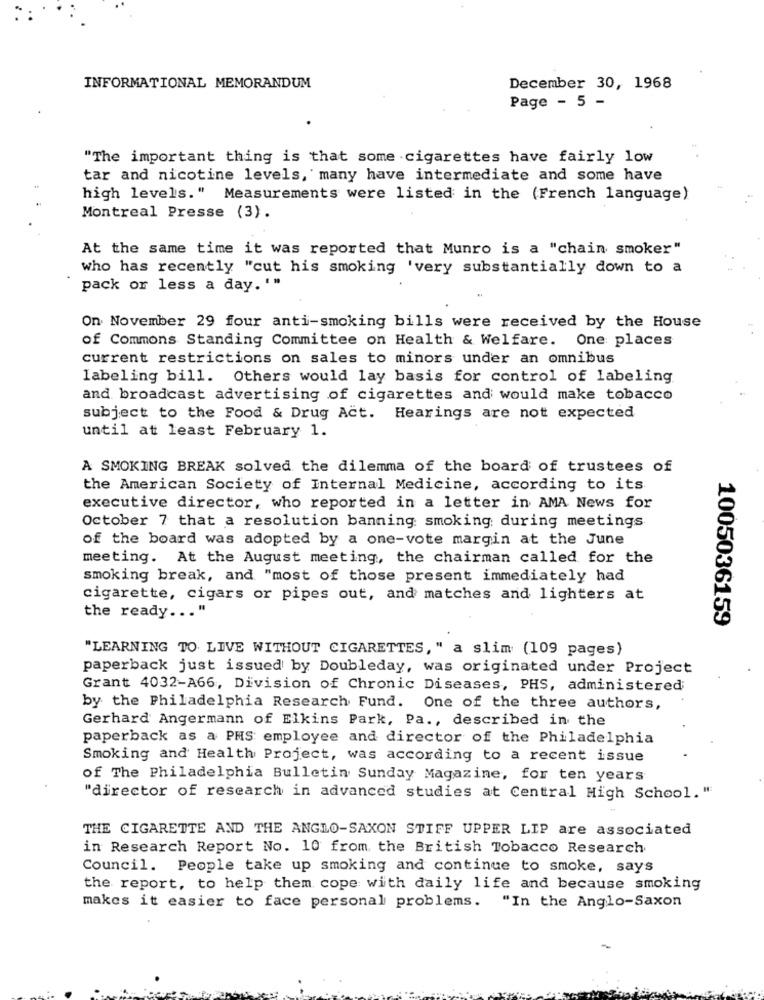
INFORMATIONAL MEMORANDUM
December 30, 1968
Page - 5 -
"The important thing is that some cigarettes have fairly low
tar and nicotine levels, many have intermediate and some have
high levels." Measurements were listed in the (French language)
Montreal Presse (3).
At the same time it was reported that Munro is a "chain smoker"
who has recently "cut his smoking 'very substantially down to a
pack or less a day. '"
On November 29 four anti-smoking bills were received by the House
of Commons Standing Committee on Health & Welfare. One places
current restrictions on sales to minors under an omnibus
labeling bill. Others would lay basis for control of labeling
and broadcast advertising of cigarettes and would make tobacco
subject to the Food & Drug Act. Hearings are not expected
until at least February 1.
A SMOKING BREAK solved the dilemma of the board of trustees of
the American Society of Internal Medicine, according to its
executive director, who reported in a letter in AMA News for
October 7 that a resolution banning smoking during meetings
of the board was adopted by a one-vote margin at the June
meeting. At the August meeting, the chairman called for the
smoking break, and "most of those present immediately had
cigarette, cigars or pipes out, and matches and lighters at
the ready ... "
1005036159
"LEARNING TO LIVE WITHOUT CIGARETTES, " a slim (109 pages)
paperback just issued by Doubleday, was originated under Project
Grant 4032-A66, Division of Chronic Diseases, PHS, administered;
by the Philadelphia Research Fund. One of the three authors,
Gerhard Angermann of Elkins Park, Pa ., described in the
paperback as a PMS employee and director of the Philadelphia
Smoking and Health Project, was according to a recent issue
of The Philadelphia Bulletin Sunday Magazine, for ten years
"director of research in advanced studies at Central High School."
THE CIGARETTE AND THE ANGLO-SAXON STIFF UPPER LIP are associated
in Research Report No. 10 from the British Tobacco Research
Council. People take up smoking and continue to smoke, says
the report, to help them cope with daily life and because smoking
makes it easier to face personal problems. "In the Anglo-Saxon